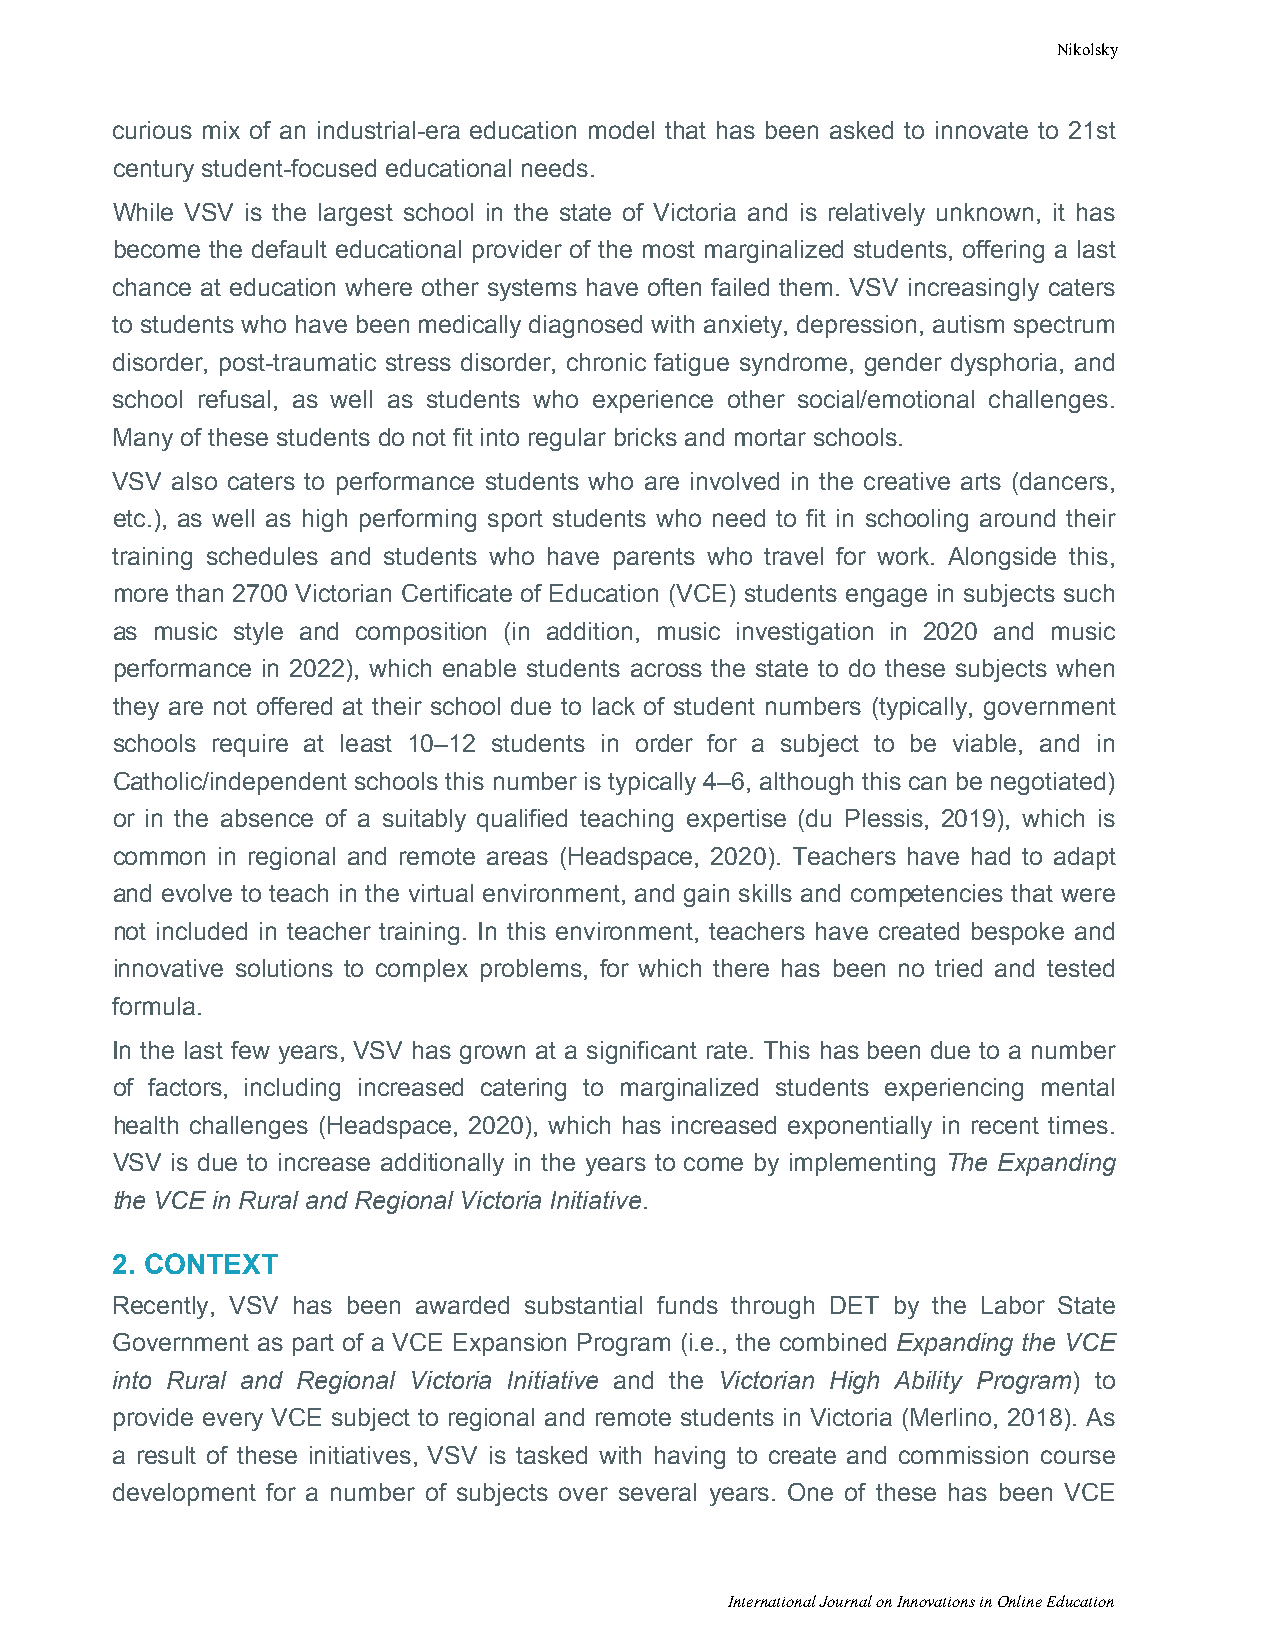
Nikolsky
 curious mix of an industrial-era education model that has been asked to innovate to 21st
 century student-focused educational needs.
 While VSV is the largest school in the state of Victoria and is relatively unknown, it has
 become the default educational provider of the most marginalized students, offering a last
 chance at education where other systems have often failed them. VSV increasingly caters
 to students who have been medically diagnosed with anxiety, depression, autism spectrum
 disorder, post-traumatic stress disorder, chronic fatigue syndrome, gender dysphoria, and
 school refusal, as well as students who experience other social/emotional challenges.
 Many of these students do not fit into regular bricks and mortar schools.
 VSV also caters to performance students who are involved in the creative arts (dancers,
 etc.), as well as high performing sport students who need to fit in schooling around their
 training schedules and students who have parents who travel for work. Alongside this,
 more than 2700 Victorian Certificate of Education (VCE) students engage in subjects such
 as music style and composition (in addition, music investigation in 2020 and music
 performance in 2022), which enable students across the state to do these subjects when
 they are not offered at their school due to lack of student numbers (typically, government
 schools require at least 10–12 students in order for a subject to be viable, and in
 Catholic/independent schools this number is typically 4–6, although this can be negotiated)
 or in the absence of a suitably qualified teaching expertise (du Plessis, 2019), which is
 common in regional and remote areas (Headspace, 2020). Teachers have had to adapt
 and evolve to teach in the virtual environment, and gain skills and competencies that were
 not included in teacher training. In this environment, teachers have created bespoke and
 innovative solutions to complex problems, for which there has been no tried and tested
 formula.
 In the last few years, VSV has grown at a significant rate. This has been due to a number
 of factors, including increased catering to marginalized students experiencing mental
 health challenges (Headspace, 2020), which has increased exponentially in recent times.
 VSV is due to increase additionally in the years to come by implementing The Expanding
 the VCE in Rural and Regional Victoria Initiative.
 2. CONTEXT
 Recently, VSV has been awarded substantial funds through DET by the Labor State
 Government as part of a VCE Expansion Program (i.e., the combined Expanding the VCE
 into Rural and Regional Victoria Initiative and the Victorian High Ability Program) to
 provide every VCE subject to regional and remote students in Victoria (Merlino, 2018). As
 a result of these initiatives, VSV is tasked with having to create and commission course
 development for a number of subjects over several years. One of these has been VCE
 International Journal on Innovations in Online Education